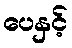
ပေနှင့်